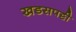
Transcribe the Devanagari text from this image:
खडसपट्टी